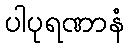
ပါပုရဏာနံ